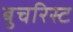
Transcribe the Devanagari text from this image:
बुचरिस्ट